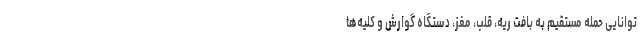
توانایی حمله مستقیم به بافت ریه، قلب، مغز، دستگاه گوارش و کلیه‌ها